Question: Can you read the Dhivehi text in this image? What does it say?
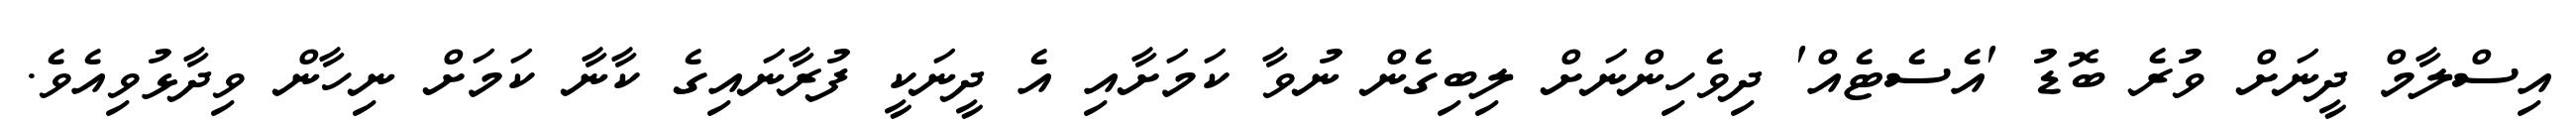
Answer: އިސްލާމް ދީނަށް ވުރެ ބޮޑު 'އެސެޓެއް' ދިވެހިންނަށް ލިބިގެން ނުވާ ކަމަށާއި އެ ދީނަކީ ފުރާނައިގެ ކާނާ ކަމަށް ނިހާން ވިދާޅުވިއެވެ.